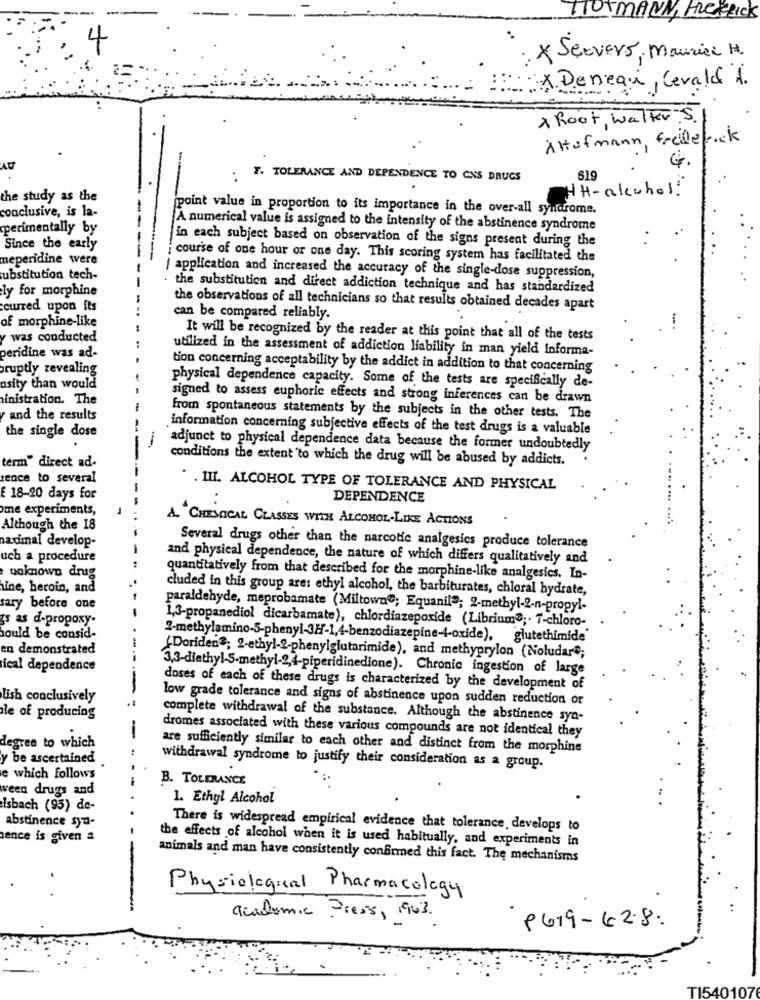
TUTMANN, HERRick
: X Servers, Maurice H.
X. Deneau, Cevald i
A Root, Walker. S.
Altofmann, frederick
. F. TOLERANCE AND DEPENDENCE TO CNS DRUGS
619
HH-alcohol
the study as the
conclusive, is la-
ipoint value in proportion to its importance in the over-all syndrome.
perimentally by
A numerical value is assigned to the intensity of the abstinence syndrome
in each subject based on observation of the signs present during the
Since the early
meperidine were
course of one hour or one day. This scoring system has facilitated the
ubstitution tech-
/ application and increased the accuracy of the single-dose suppression,
ly for morphine
the substitution and direct addiction technique and has standardized
curred upon its
the observations of all technicians so that results obtained decades apart
of morphine-like
can be compared reliably.
y was conducted
It will be recognized by the reader at this point that all of the tests
utilized in the assessment of addiction liability in man yield informa-
peridine was ad-
ruptly revealing
tion concerning acceptability by the addict in addition to that concerning
asity than would
physical dependence capacity. Some of the tests are specifically de-
inistration. The
signed to assess euphoric effects and strong inferences can be drawn
and the results
from spontaneous statements by the subjects in the other tests. The
information concerning subjective effects of the test drugs is a valuable
the single dose
adjunct to physical dependence data because the former undoubtedly
term" direct ad-
conditions the extent to which the drug will be abused by addicts.
rence to several
. . III. ALCOHOL TYPE OF TOLERANCE AND PHYSICAL
E 18-20 days for
DEPENDENCE
me experiments,
A. "CHEMICAL CLASSES WITH ALCOHOL-LIKE ACTIONS
Although the 18
nadimal develop-
Several drugs other than the narcotic analgesics produce tolerance
uch a procedure
and physical dependence, the nature of which differs qualitatively and
unknown drug
quantitatively from that described for the morphine-like analgesics. In-
ine, heroin, and
cluded in this group are: ethyl alcohol, the barbiturates, chloral hydrate,
sary before one
paraldehyde, meprobamate (Miltown"; Equanil"; 2-methyl-2-n-propyl-
gs as d-propoxy-
1,3-propanediol dicarbamate), chlordiazepoxide (Librium3 ;. 7-chloro-
sould be consid-
2-methylamino-5-phenyl-3H-1,4-benzodiazepine-4-oxide), glutethimide
en demonstrated
(Doriden ?; 2-ethyl-2-phenylglutarimide), and methyprylon (Noludar";
ical dependence
3,3-diethyl-S-methyl-2,4-piperidinedione). Chronic ingestion of large
doses of each of these drugs is characterized by the development of
Lish conclusively
--
low grade tolerance and signs of abstinence upon sudden reduction or
le of producing
complete withdrawal of the substance. Although the abstinence sya-
dromes associated with these various compounds are not identical they
---
degree to which
are sufficiently similar to each other and distinct from the morphine
y be ascertained
withdrawal syndrome to justify their consideration as a group.
e which follows
---
B. TOLERANCE
ween drugs and
1. Ethyl Alcohol
Isbach (93) de-
abstinence syn-
There is widespread empirical evidence that tolerance, develops to
ence is given a
the effects of alcohol when it is used habitually, and experiments in
animals and man have consistently confirmed this fact. The mechanisms
Physiological Pharmacology
academic Press, 1963.
9679-62.8:
TI540107